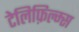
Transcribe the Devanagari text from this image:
टेलिफ़िल्म्स